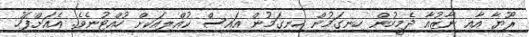
ރޫޔާ އާއި ނާޒުއާ ދެމީހުން ހިނގަމުން ހިނގަމުން އައިސް ކުއްލިއަކށް ހުއްޓުނެވެ. އެއަށްފަހު